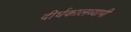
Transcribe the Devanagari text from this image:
दीर्घकालव्यापी